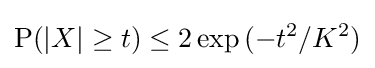
\operatorname {P} (|X|\geq t)\leq 2\exp {(-t^{2}/K^{2})}